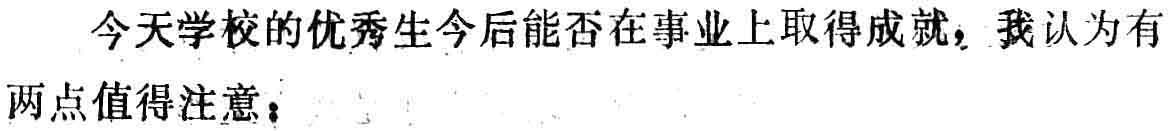
今天学校的优秀生今后能否在事业上取得成就，我认为有两点值得注意：